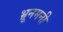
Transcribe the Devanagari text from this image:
भ्रूनमनी